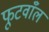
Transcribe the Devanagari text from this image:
फूटवाँल